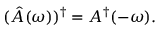
( \hat { A } ( \omega ) ) ^ { \dagger } = A ^ { \dagger } ( - \omega ) .